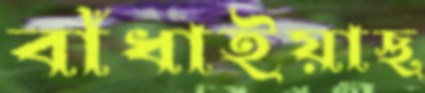
বাঁধাইয়াছ